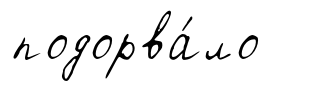
подорва́ло